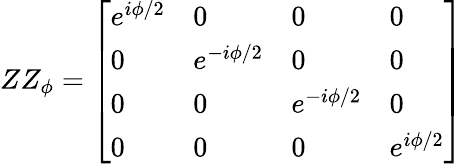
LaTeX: ZZ_{\phi}={\left[\begin{array}{llll}{e^{i\phi/2}}&{0}&{0}&{0}\\ {0}&{e^{-i\phi/2}}&{0}&{0}\\ {0}&{0}&{e^{-i\phi/2}}&{0}\\ {0}&{0}&{0}&{e^{i\phi/2}}\end{array}\right]}